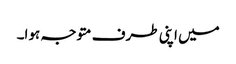
میں اپنی طرف متوجہ ہوا۔